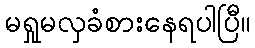
မရှုမလှခံစားနေရပါပြီ။